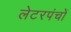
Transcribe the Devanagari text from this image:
लेटरपंचों